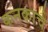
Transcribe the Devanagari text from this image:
कनकाचे